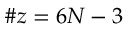
\begin{array} { r } { \# z = 6 N - 3 } \end{array}